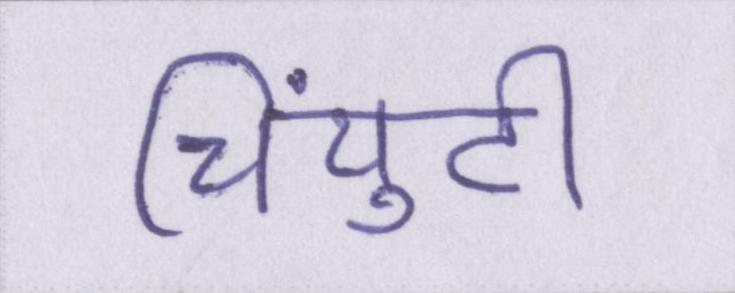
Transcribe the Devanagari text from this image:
चिंयुटी